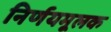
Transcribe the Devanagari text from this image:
निर्णयमूलक